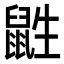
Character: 鼪